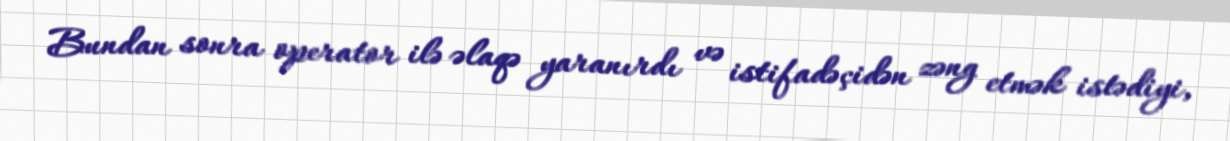
Bundan sonra operator ilə əlaqə yaranırdı və istifadəçidən zəng etmək istədiyi,